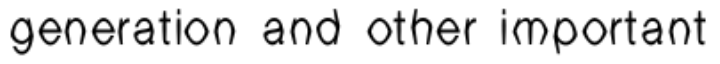
generation and other important